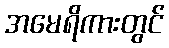
အမေရိကားတွင်